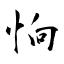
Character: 恦